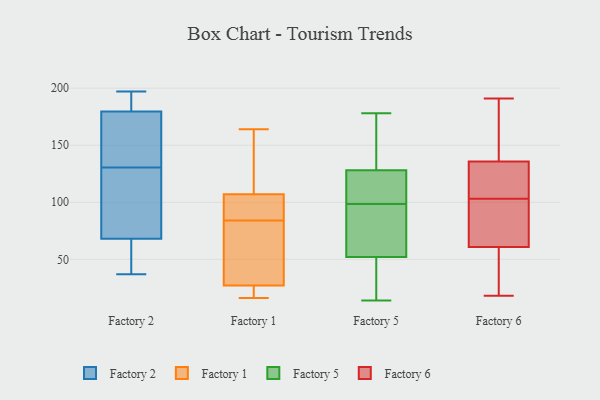
{"axis": {"x": "Inventory Turnover", "y": "Value"}, "legend": ["Factory 1", "Factory 2", "Factory 5", "Factory 6"], "data": [{"x": "", "y": 197, "type": "Factory 2"}, {"x": "", "y": 81, "type": "Factory 2"}, {"x": "", "y": 190, "type": "Factory 2"}, {"x": "", "y": 37, "type": "Factory 2"}, {"x": "", "y": 166, "type": "Factory 2"}, {"x": "", "y": 56, "type": "Factory 2"}, {"x": "", "y": 103, "type": "Factory 2"}, {"x": "", "y": 189, "type": "Factory 2"}, {"x": "", "y": 170, "type": "Factory 2"}, {"x": "", "y": 158, "type": "Factory 2"}, {"x": "", "y": 61, "type": "Factory 2"}, {"x": "", "y": 75, "type": "Factory 2"}, {"x": "", "y": 21, "type": "Factory 1"}, {"x": "", "y": 100, "type": "Factory 1"}, {"x": "", "y": 27, "type": "Factory 1"}, {"x": "", "y": 147, "type": "Factory 1"}, {"x": "", "y": 150, "type": "Factory 1"}, {"x": "", "y": 96, "type": "Factory 1"}, {"x": "", "y": 24, "type": "Factory 1"}, {"x": "", "y": 84, "type": "Factory 1"}, {"x": "", "y": 63, "type": "Factory 1"}, {"x": "", "y": 91, "type": "Factory 1"}, {"x": "", "y": 164, "type": "Factory 1"}, {"x": "", "y": 16, "type": "Factory 1"}, {"x": "", "y": 84, "type": "Factory 1"}, {"x": "", "y": 107, "type": "Factory 1"}, {"x": "", "y": 129, "type": "Factory 1"}, {"x": "", "y": 43, "type": "Factory 1"}, {"x": "", "y": 23, "type": "Factory 1"}, {"x": "", "y": 30, "type": "Factory 1"}, {"x": "", "y": 138, "type": "Factory 5"}, {"x": "", "y": 67, "type": "Factory 5"}, {"x": "", "y": 91, "type": "Factory 5"}, {"x": "", "y": 118, "type": "Factory 5"}, {"x": "", "y": 52, "type": "Factory 5"}, {"x": "", "y": 106, "type": "Factory 5"}, {"x": "", "y": 178, "type": "Factory 5"}, {"x": "", "y": 17, "type": "Factory 5"}, {"x": "", "y": 128, "type": "Factory 5"}, {"x": "", "y": 14, "type": "Factory 5"}, {"x": "", "y": 110, "type": "Factory 6"}, {"x": "", "y": 93, "type": "Factory 6"}, {"x": "", "y": 191, "type": "Factory 6"}, {"x": "", "y": 40, "type": "Factory 6"}, {"x": "", "y": 115, "type": "Factory 6"}, {"x": "", "y": 18, "type": "Factory 6"}, {"x": "", "y": 103, "type": "Factory 6"}, {"x": "", "y": 156, "type": "Factory 6"}, {"x": "", "y": 174, "type": "Factory 6"}, {"x": "", "y": 63, "type": "Factory 6"}, {"x": "", "y": 124, "type": "Factory 6"}, {"x": "", "y": 25, "type": "Factory 6"}, {"x": "", "y": 86, "type": "Factory 6"}, {"x": "", "y": 96, "type": "Factory 6"}, {"x": "", "y": 190, "type": "Factory 6"}, {"x": "", "y": 54, "type": "Factory 6"}, {"x": "", "y": 129, "type": "Factory 6"}]}